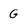
Character: G